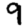
Digit: 9